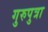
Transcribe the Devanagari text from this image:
गुरुपुत्रा